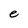
Character: e